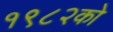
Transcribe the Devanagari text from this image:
१९८२को